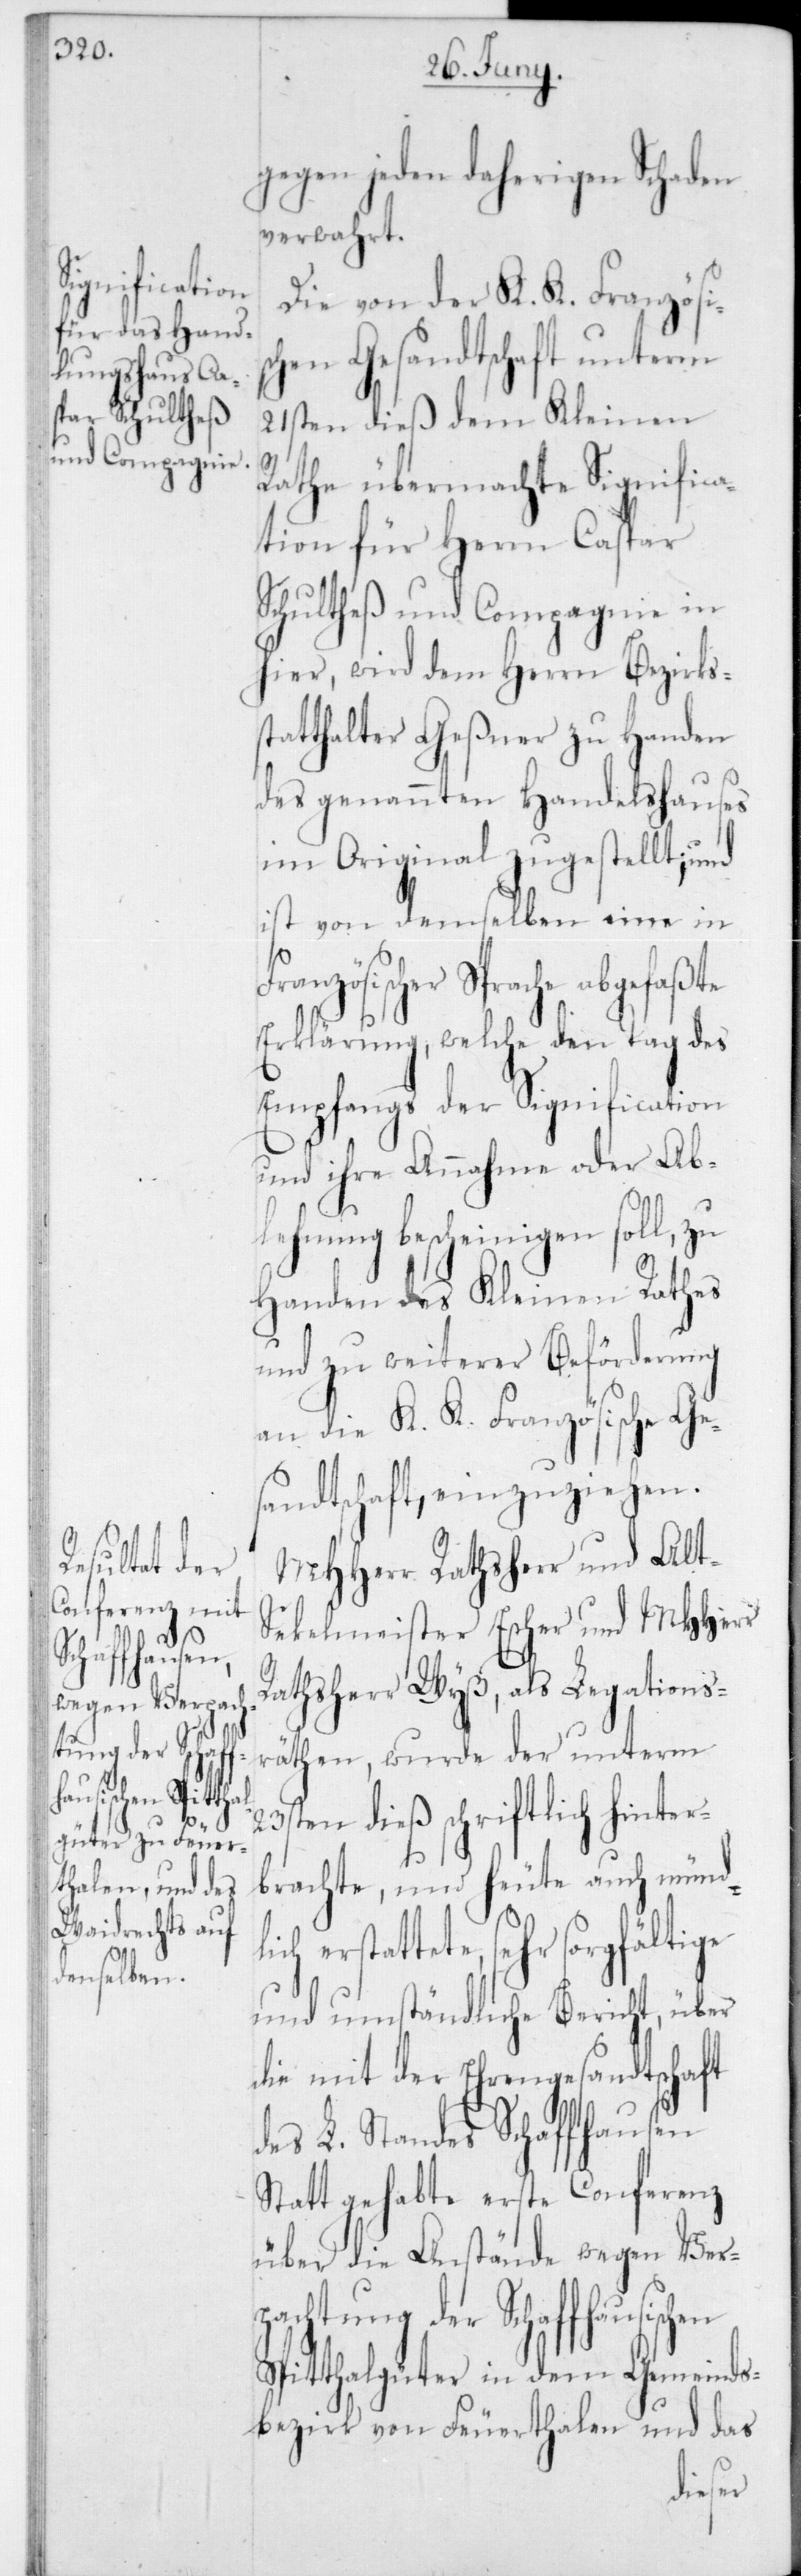
23s¬
lich erstat¬

gegen jeden daherigen Schaden
verwahrt.
Die von der K. K. Französis¬
chen Gesandtschaft unterm
21sten dieß dem Kleinen
Rathe übermachte Significa¬
tion für Herrn Caspar
Schultheß und Compagnie in
hier, wird dem Herrn Bezirks¬
statthalter Geßner zu Handen
des genannten Handelshauses
im Original zugestellt; und
ist von demselben eine in
Französischer Sprache
Erklärung, welche den Tag des
Empfangs der Signification
und ihre Annahme oder Ab¬
lehnung bescheinigen soll, zu
Handen des Kleinen Rathes
und zu weiterer Beförderung
an die K. K. Französische Ge¬
sandtschaft, einzuziehen.
MHHerr Rathsherr und Alt-S¬
ekelmeister Escher, und MHHerr
Rathsherr Wyss, als Legations¬
räten, wurde der unterm
ten dieß schriftlich hinter¬
brachte, und heute auch münd¬
tete, sehr sorgfältige
und umständliche Bericht, über
die mit der Ehrengesandtschaft
des L. Standes Schaffhausen
stattgehabte erste Conferenz
über die Anstände wegen Ver¬
pachtung der Schaffhausischen
Spitthalgüter in dem Gemeinds¬
bezirk von Feuerthalen und das